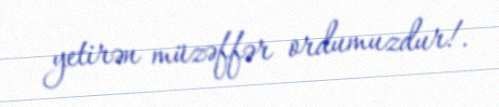
yetirən müzəffər ordumuzdur!.